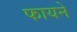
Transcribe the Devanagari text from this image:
फायने